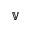
\mathbb { V }